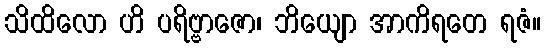
သိထိလော ဟိ ပရိဗ္ဗာဇော၊ ဘိယျော အာကိရတေ ရဇံ။